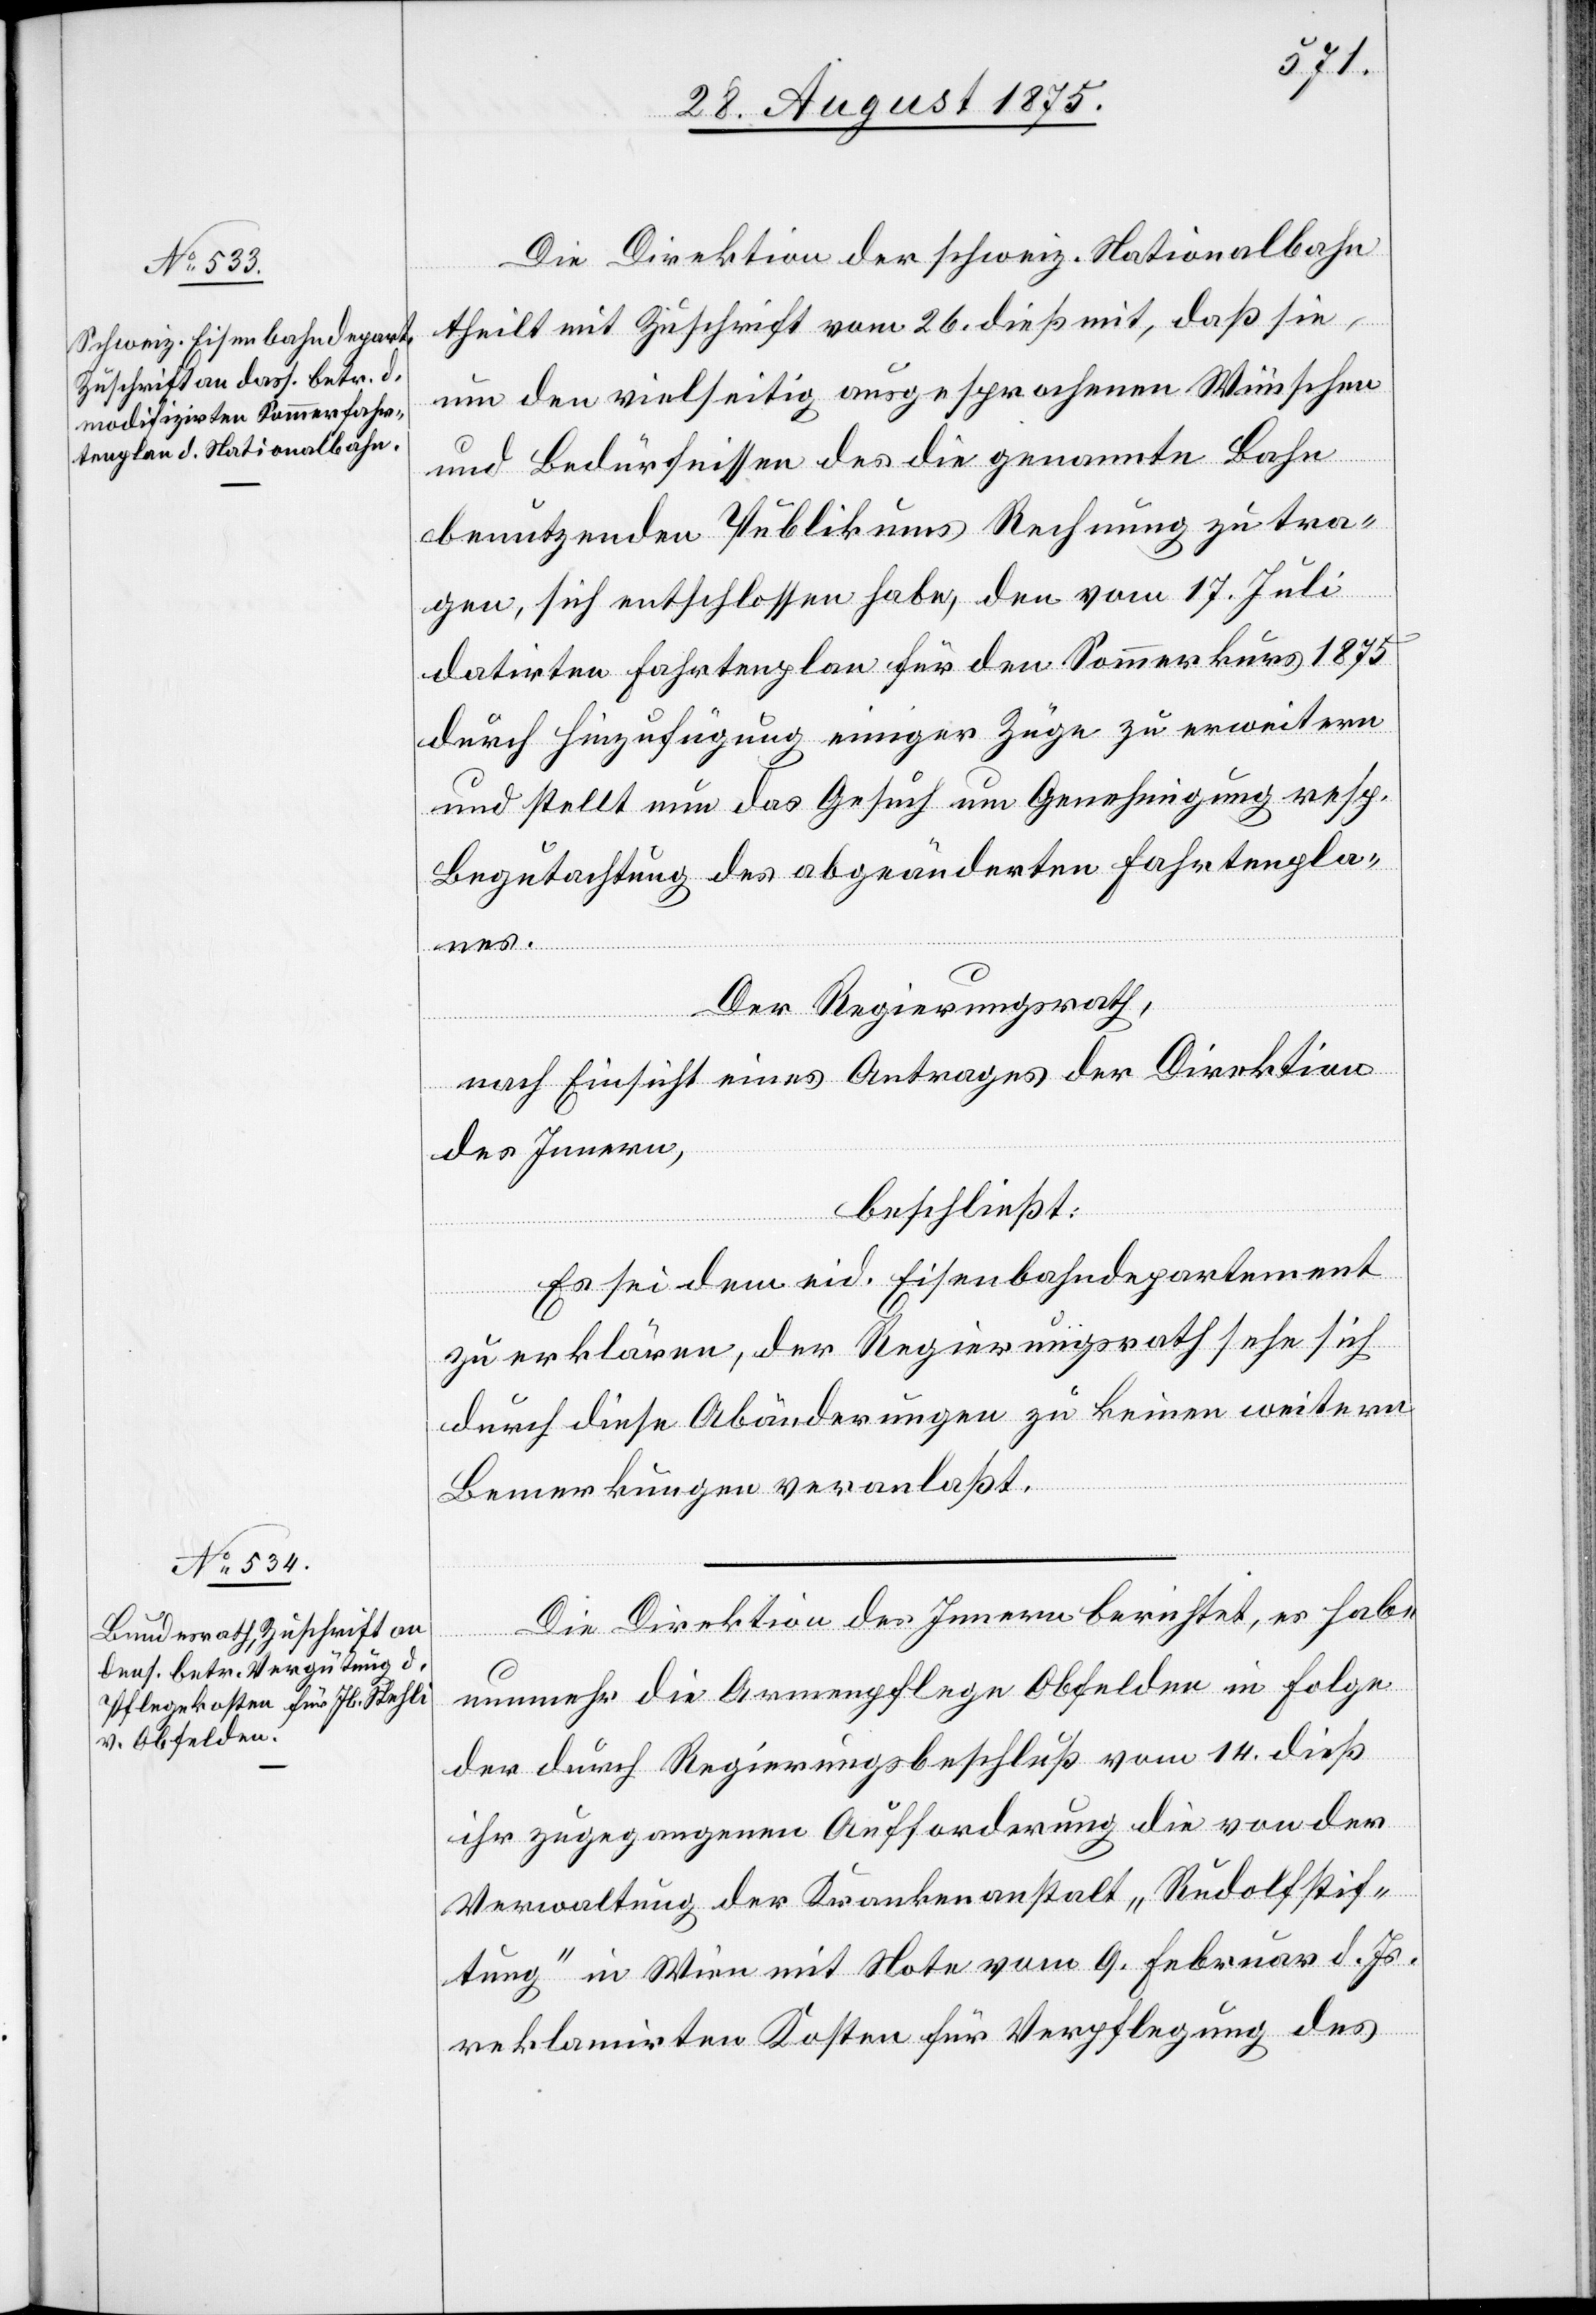
Die Direktion der schweiz. Nationalbahn
theilt mit Zuschrift vom 26. dieß mit, daß sie
um den vielseitig ausgesprochenen Wünschen
und Bedürfnissen des die genannte Bahn
benutzenden Publikums Rechnung zu tra¬
gen, sich entschlossen habe, den vom 17. Juli
datirten Fahrtenplan für den Sommerkurs 1875
durch Hinzufügung einiger Züge zu erweitern
und stellt nun das Gesuch um Genehmigung resp.
Begutachtung des abgeänderten Fahrtenpla¬
nes.
Der Regierungsrath,
nach Einsicht eines Antrages der Direktion
des Innern,
beschließt:
Es sei dem eid. Eisenbahndepartement
zu erklären, der Regierungsrath sehe sich
durch diese Abänderungen zu keinen weitern
Bemerkungen veranlaßt.
Die Direktion des Innern berichtet, es habe
nunmehr die Armenpflege Obfelden in Folge
der durch Regierungsbeschluß vom 14. dieß
ihr zugegangenen Aufforderung die von der
Verwaltung der Krankenanstalt „Rudolfstif¬
tung“ in Wien mit Note vom 9. Februar d. Js.
reklamirten Kosten für Verpflegung des